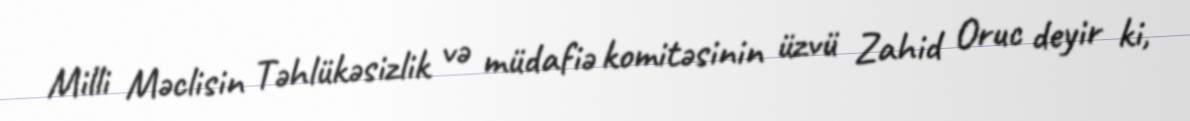
Milli Məclisin Təhlükəsizlik və müdafiə komitəsinin üzvü Zahid Oruc deyir ki,